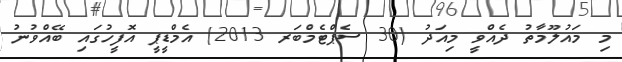
މި މައުލޫމާތު ދެއްވީ މިއަދު (30 ސެޕްޓެމްބަރ 2013) އެމްޑީޕީ އޮފީހުގައި ބޭއްވުނު